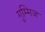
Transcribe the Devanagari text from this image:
गुम्मिज